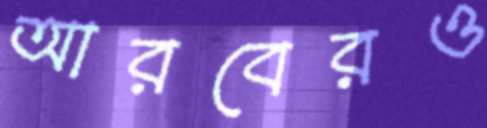
আরবেরও